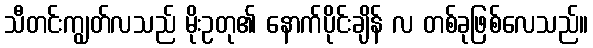
သီတင်းကျွတ်လသည် မိုးဥတု၏ နောက်ပိုင်းချိန် လ တစ်ခုဖြစ်လေသည်။